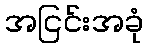
အငြင်းအခုံ